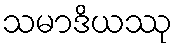
သမာဒိယဿု